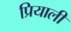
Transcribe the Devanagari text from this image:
प्रियाली